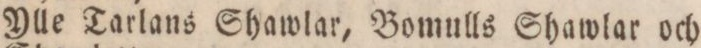
Ylle Tarlans Shawlar, Bomulls Shawlar och